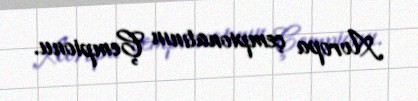
Avropa çempionatının Çempionu.